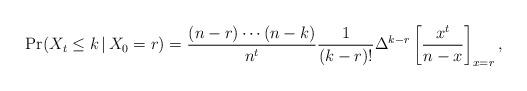
LaTeX: \begin{align*}\Pr(X_t \le k \,\vert\, X_0 = r) = \frac{(n-r)\cdots(n-k)}{n^t} \frac{1}{(k-r)!} \Delta^{k-r} \left[ \frac{x^t}{n-x} \right]_{x=r}^{},\end{align*}